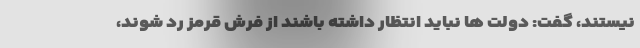
نیستند، گفت: دولت ها نباید انتظار داشته باشند از فرش قرمز رد شوند،